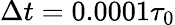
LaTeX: \Delta t=0.0001\tau_{0}